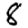
Digit: 8